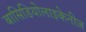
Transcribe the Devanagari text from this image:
बासिडियोलाइकेनीज़